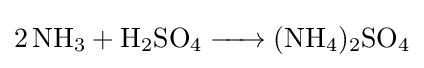
{\ce {2 NH3 + H2SO4 -> (NH4)2SO4}}